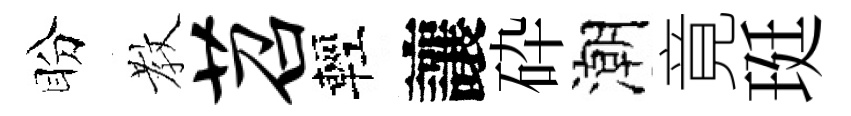
盼教苕輕讓砕潮竟珽